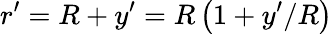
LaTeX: r^{\prime}=R+y^{\prime}=R\left(1+y^{\prime}/R\right)